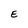
Character: E